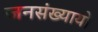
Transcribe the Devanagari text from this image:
जनसंख्यायों